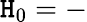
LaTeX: \mathtt{H}_{0}=-